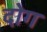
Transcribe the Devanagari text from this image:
दोग